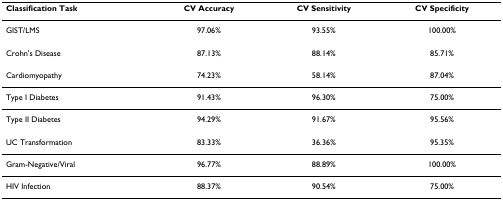
<table><thead><tr><td><b>Classification Task</b></td><td><b>CV Accuracy</b></td><td><b>CV Sensitivity</b></td><td><b>CV Specificity</b></td></tr></thead><tbody><tr><td>GIST/LMS</td><td>97.06%</td><td>93.55%</td><td>100.00%</td></tr><tr><td>Crohn&#x27;s Disease</td><td>87.13%</td><td>88.14%</td><td>85.71%</td></tr><tr><td>Cardiomyopathy</td><td>74.23%</td><td>58.14%</td><td>87.04%</td></tr><tr><td>Type I Diabetes</td><td>91.43%</td><td>96.30%</td><td>75.00%</td></tr><tr><td>Type II Diabetes</td><td>94.29%</td><td>91.67%</td><td>95.56%</td></tr><tr><td>UC Transformation</td><td>83.33%</td><td>36.36%</td><td>95.35%</td></tr><tr><td>Gram-Negative/Viral</td><td>96.77%</td><td>88.89%</td><td>100.00%</td></tr><tr><td>HIV Infection</td><td>88.37%</td><td>90.54%</td><td>75.00%</td></tr></tbody></table>